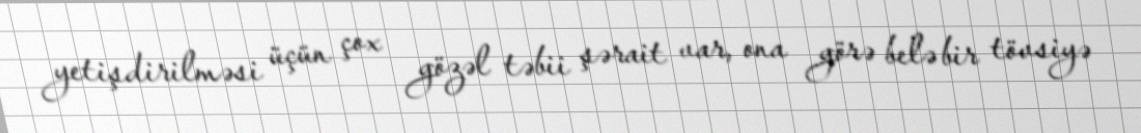
yetişdirilməsi üçün çox gözəl təbii şərait var, ona görə belə bir tövsiyə